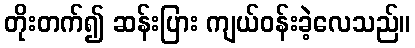
တိုးတက်၍ ဆန်းပြား ကျယ်ဝန်းခဲ့လေသည်။